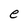
Character: e